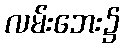
လမ်းဘေး၌